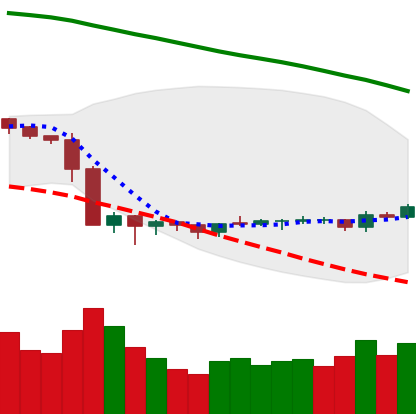
Ticker: LTC-USD
Chart end date: 2019-10-09
Forward return: -4.132%
Label: down_3_5